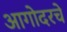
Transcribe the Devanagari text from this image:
आगोदरचे